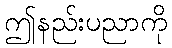
ဤနည်းပညာကို